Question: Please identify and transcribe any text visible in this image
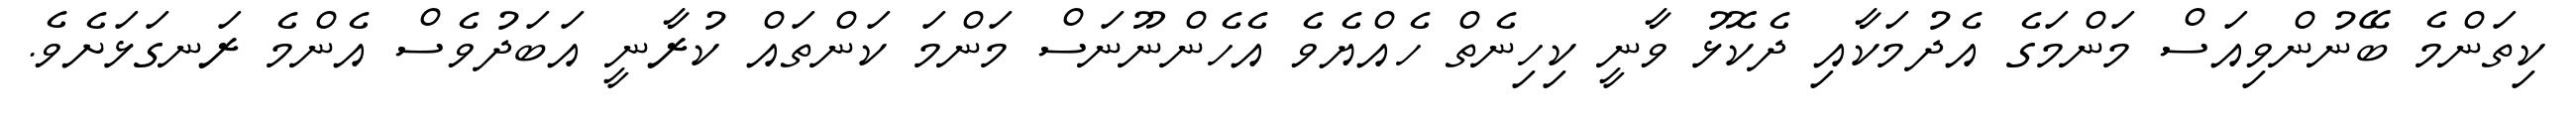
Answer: ކިތަންމެ ބޭނުންވިއަސް މަންމަގެ އެދުމަކާއި ދެކޮޅު ވާނީ ކިހިނެތް ހެއްޔެވެ އެހެންނޫނަސް މަންމަ ކަންތައް ކުރާނީ އަބަދުވެސް އެންމެ ރަނގަޅަށެވެ.